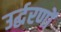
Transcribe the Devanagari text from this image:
उर्द्धरणों